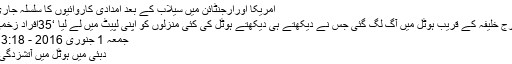
امریکا اورارجنٹائن میں سیلاب کے بعد امدادی کاروائیوں کا سلسلہ جاری
برج خلیفہ کے قریب ہوٹل میں آگ لگ گئی جس نے دیکھتے ہی دیکھتے ہوٹل کی کئی منزلوں کو اپنی لپیٹ میں لے لیا ‘35افراد زخمی
جمعہ 1 جنوری 2016 - 13:18
دبئی میں ہوٹل میں آتشزدگی ۔